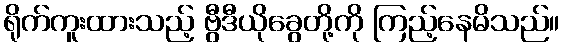
ရိုက်ကူးထားသည့် ဗွီဒီယိုခွေတို့ကို ကြည့်နေမိသည်။